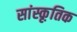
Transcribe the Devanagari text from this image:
सांस्कृ़तिक